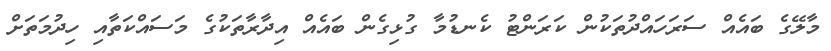
މާލޭގެ ބައެއް ސަރަހައްދުތަކުން ކަރަންޓު ކެނޑުމާ ގުޅިގެން ބައެއް އިދާރާތަކުގެ މަސައްކަތާއި ހިދުމަތަށް